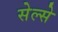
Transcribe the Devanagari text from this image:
सेल्से